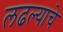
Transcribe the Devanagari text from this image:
लढल्याचे